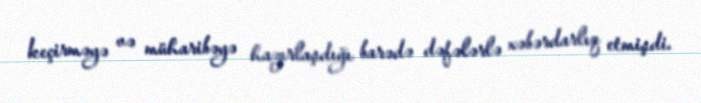
keçirməyə və müharibəyə hazırlaşdığı barədə dəfələrlə xəbərdarlıq etmişdi.